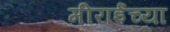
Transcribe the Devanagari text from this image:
मीराईंच्या